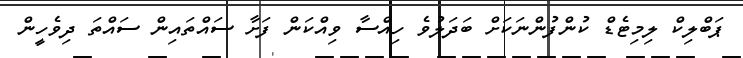
ޕަބްލިކް ލިމިޓެޑް ކުންފުންނަކަށް ބަދަލުވެ ހިއްސާ ވިއްކަން ފަށާ ސައްތައިން ސައްތަ ދިވެހީން